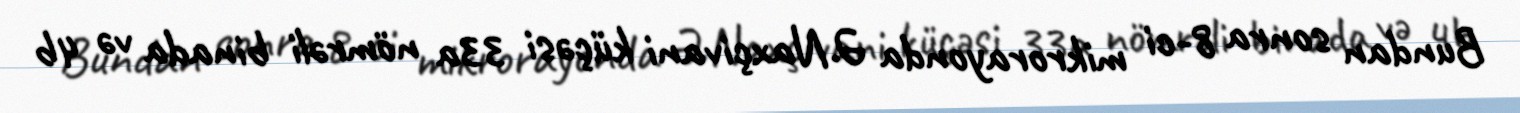
Bundan sonra 8-ci mikrorayonda Ə.Naxçivani küçəsi 33a nömrəli binada və 4b